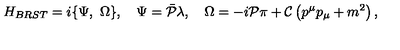
{ H } _ { B R S T } = i \{ { \Psi } , \ { \Omega } \} , \quad { \Psi } = { { \bar { \cal P } } } { \lambda } , \quad { \Omega } = - i { { \cal P } } { \pi } + { { \cal C } } \left( p ^ { \mu } p _ { \mu } + m ^ { 2 } \right) ,